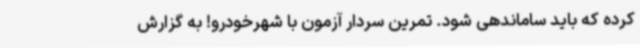
کرده که باید ساماندهی شود. تمرین سردار آزمون با شهرخودرو! به گزارش